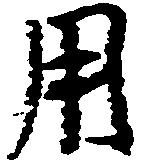
用